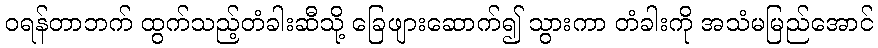
ဝရန်တာဘက် ထွက်သည့်တံခါးဆီသို့ ခြေဖျားဆောက်၍ သွားကာ တံခါးကို အသံမမြည်အောင်